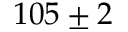
1 0 5 \pm 2